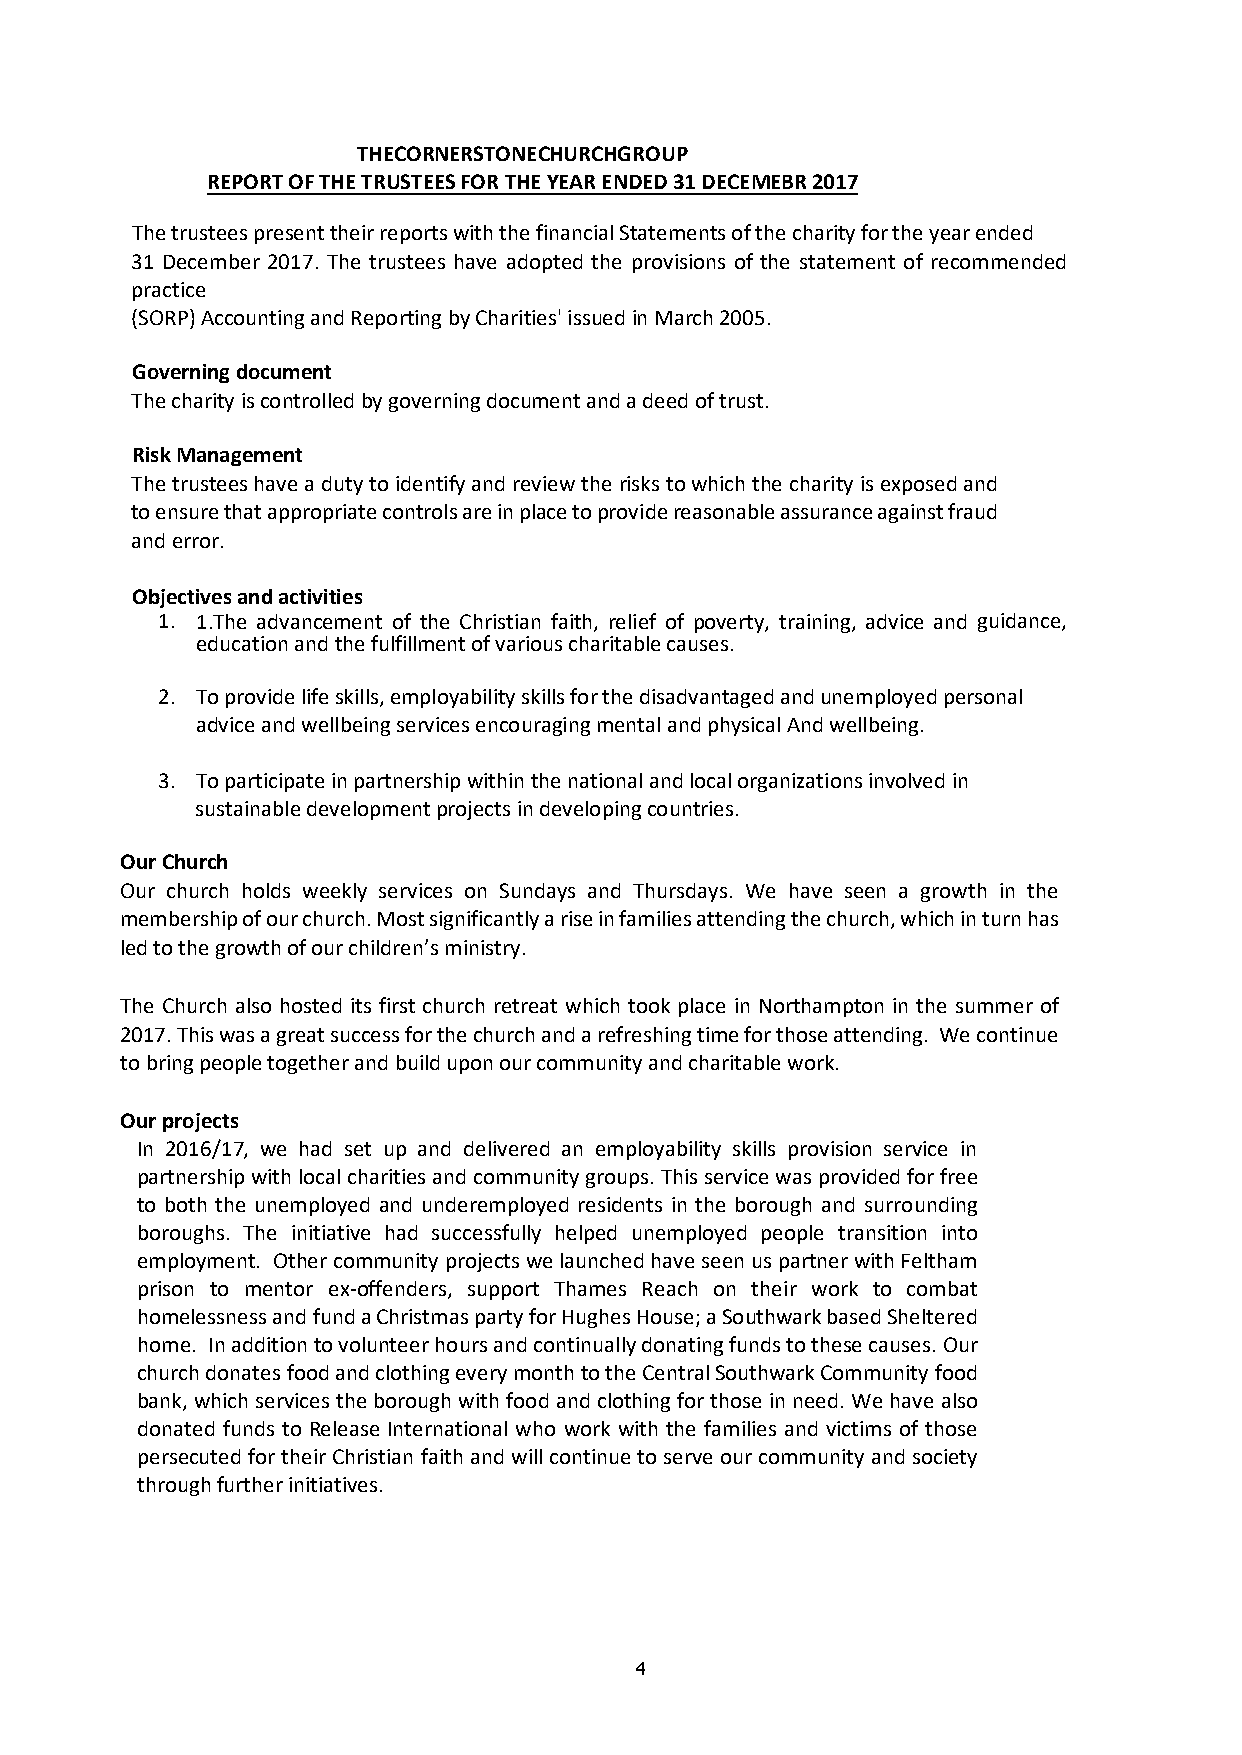
THECORNERSTONECHURCHGROUP
 REPORT OF THE TRUSTEES FOR THE YEAR ENDED 31 DECEMEBR 2017
 The trustees present their reports with the financial Statements of the charity for the year ended
 31 December 2017. The trustees have adopted the provisions of the statement of recommended
 practice
 (SORP) Accounting and Reporting by Charities' issued in March 2005.
 Governing document
 The charity is controlled by governing document and a deed of trust.
 Risk Management
 The trustees have a duty to identify and review the risks to which the charity is exposed and
 to ensure that appropriate controls are in place to provide reasonable assurance against fraud
 and error.
 Objectives and activities
 1. 1.The advancement of the Christian faith, relief of poverty, training, advice and guidance,
 education and the fulfillment of various charitable causes.
 2. To provide life skills, employability skills for the disadvantaged and unemployed personal
 advice and wellbeing services encouraging mental and physical And wellbeing.
 3. To participate in partnership within the national and local organizations involved in
 sustainable development projects in developing countries.
 Our Church
 Our church holds weekly services on Sundays and Thursdays. We have seen a growth in the
 membership of our church. Most significantly a rise in families attending the church, which in turn has
 led to the growth of our children’s ministry.
 The Church also hosted its first church retreat which took place in Northampton in the summer of
 2017. This was a great success for the church and a refreshing time for those attending. We continue
 to bring people together and build upon our community and charitable work.
 Our projects
 In 2016/17, we had set up and delivered an employability skills provision service in
 partnership with local charities and community groups. This service was provided for free
 to both the unemployed and underemployed residents in the borough and surrounding
 boroughs. The initiative had successfully helped unemployed people transition into
 employment. Other community projects we launched have seen us partner with Feltham
 prison to mentor ex-offenders, support Thames Reach on their work to combat
 homelessness and fund a Christmas party for Hughes House; a Southwark based Sheltered
 home. In addition to volunteer hours and continually donating funds to these causes. Our
 church donates food and clothing every month to the Central Southwark Community food
 bank, which services the borough with food and clothing for those in need. We have also
 donated funds to Release International who work with the families and victims of those
 persecuted for their Christian faith and will continue to serve our community and society
 through further initiatives.
 4